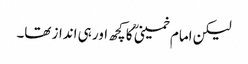
لیکن امام خمینی ؒ کا کچھ اور ہی انداز تھا۔